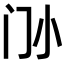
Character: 𡭜